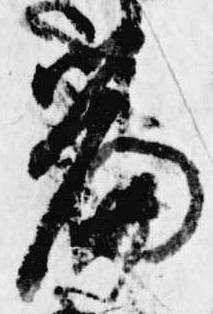
篇